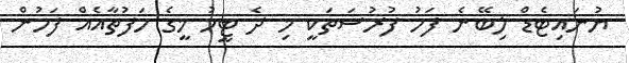
ޔުނައިޓެޑް ލިބޭނެ ފަހު ފުރުސަތަކީ މި ދެ ޓީމު މީގެ ހަފުތާއެއް ފަހުން